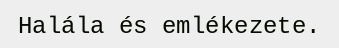
Halála és emlékezete.